Indian journal of veterinary science and animal husbandry - Volumes 24-25, 1954-1955
Year: 1954
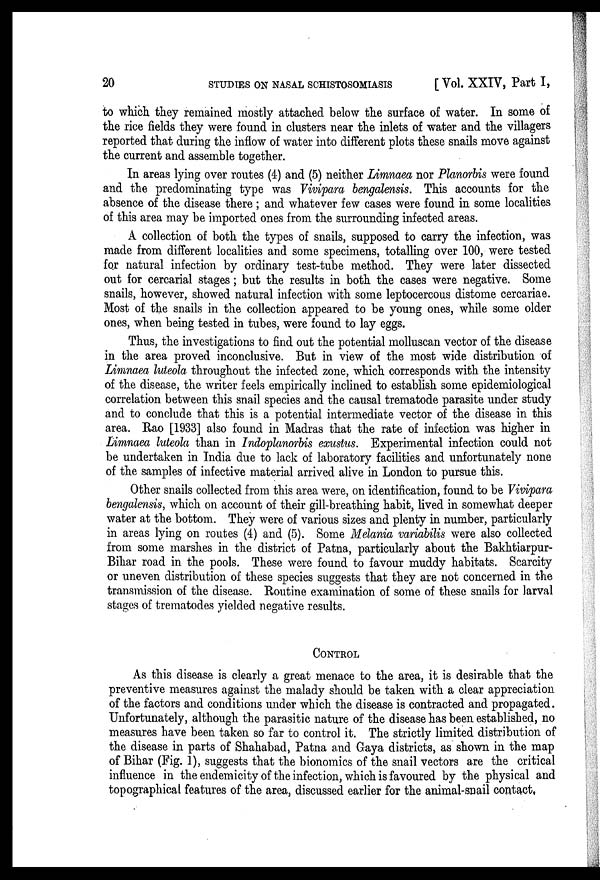
20 STUDIES ON NASAL SCHISTOSOMIASIS [Vol. XXIV, Part I,
to which they remained mostly attached below the surface of water. In some of
the rice fields they were found in clusters near the inlets of water and the villagers
reported that during the inflow of water into different plots these snails move against
the current and assemble together.
In areas lying over routes (4) and (5) neither Limnaea nor Planorbis were found
and the predominating type was Vivipara bengalensis. This accounts for the
absence of the disease there; and whatever few cases were found in some localities
of this area may be imported ones from the surrounding infected areas.
A collection of both the types of snails, supposed to carry the infection, was
made from different localities and some specimens, totalling over 100, were tested
for natural infection by ordinary test-tube method. They were later dissected
out for cercarial stages; but the results in both the cases were negative. Some
snails, however, showed natural infection with some leptocercous distome cercariae.
Most of the snails in the collection appeared to be young ones, while some older
ones, when being tested in tubes, were found to lay eggs.
Thus, the investigations to find out the potential molluscan vector of the disease
in the area proved inconclusive. But in view of the most wide distribution of
Limnaea luteola throughout the infected zone, which corresponds with the intensity
of the disease, the writer feels empirically inclined to establish some epidemiological
correlation between this snail species and the causal trematode parasite under study
and to conclude that this is a potential intermediate vector of the disease in this
area. Rao [1933] also found in Madras that the rate of infection was higher in
Limnaea luteola than in Indoplanorbis exustus. Experimental infection could not
be undertaken in India due to lack of laboratory facilities and unfortunately none
of the samples of infective material arrived alive in London to pursue this.
Other snails collected from this area were, on identification, found to be Vivipara
bengalensis, which on account of their gill-breathing habit, lived in somewhat deeper
water at the bottom. They were of various sizes and plenty in number, particularly
in areas lying on routes (4) and (5). Some Melania variabilis were also collected
from some marshes in the district of Patna, particularly about the Bakhtiarpur-
Bihar road in the pools. These were found to favour muddy habitats. Scarcity
or uneven distribution of these species suggests that they are not concerned in the
transmission of the disease. Routine examination of some of these snails for larval
stages of trematodes yielded negative results.
CONTROL
As this disease is clearly a great menace to the area, it is desirable that the
preventive measures against the malady should be taken with a clear appreciation
of the factors and conditions under which the disease is contracted and propagated.
Unfortunately, although the parasitic nature of the disease has been established, no
measures have been taken so far to control it. The strictly limited distribution of
the disease in parts of Shahabad, Patna and Gaya districts, as shown in the map
of Bihar (Fig. 1), suggests that the bionomics of the snail vectors are the critical
influence in the endemicity of the infection, which is favoured by the physical and
topographical features of the area, discussed earlier for the animal-snail contact.